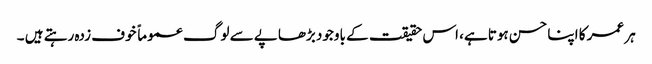
ہر عمر کا اپنا حسن ہوتا ہے، اس حقیقت کے باوجود بڑھاپے سے لوگ عموماً خوف زدہ رہتے ہیں ۔